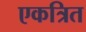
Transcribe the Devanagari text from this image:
एकत्रित